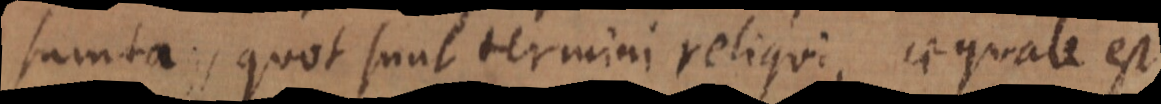
sumta, quot sunt termini reliqui, aequale est